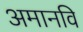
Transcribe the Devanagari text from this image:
अमानवि